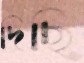
দিছি